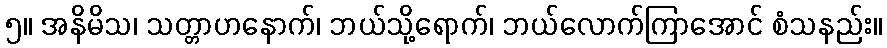
၅။ အနိမိသ၊ သတ္တာဟနောက်၊ ဘယ်သို့ရောက်၊ ဘယ်လောက်ကြာအောင် စံသနည်း။